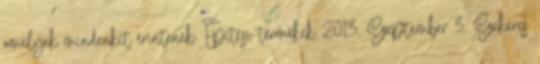
amelyek mindenkit érintenek: Építési termékek 2013. Szeptember 3. Szekeres